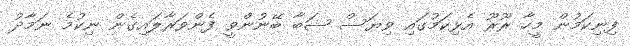
ފިނިކަމުން މީހާ ރޫރޫ އެޅިކަމުގައި ވިޔަސް ޝަބާ ބޭނުންވީ ފެންވަރާލައިގެން ނިކުމެ ނަމާދު